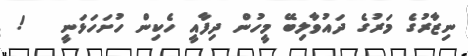
ނިޒާރުގެ މަރުގެ ދައުވާލިބޭ މީހުން ދިފާއީ ހެކިން ހުށަހަޅަނީ   !